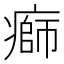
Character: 𤹌